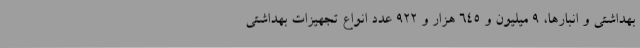
بهداشتی و انبارها، 9 میلیون و 645 هزار و 922 عدد انواع تجهیزات بهداشتی